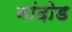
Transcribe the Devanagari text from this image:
नांदोड